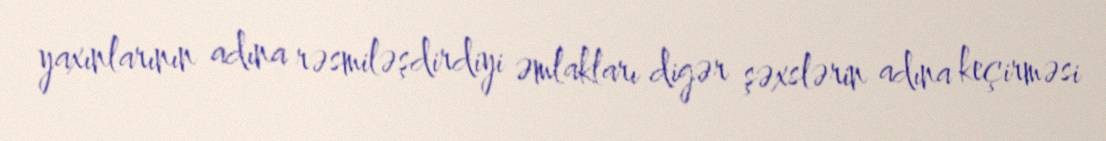
yaxınlarının adına rəsmiləşdirdiyi əmlakları digər şəxslərin adına keçirməsi